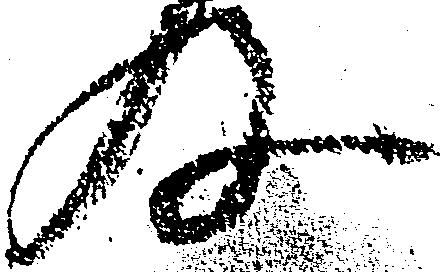
及